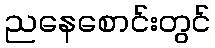
ညနေစောင်းတွင်